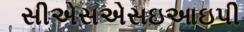
સીએસએસઇઆઇપી